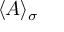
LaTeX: \langle A \rangle _ { \sigma }